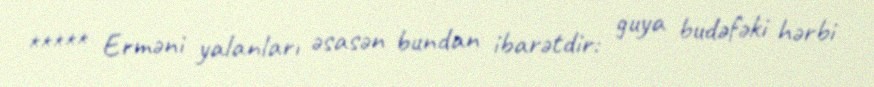
***** Erməni yalanları əsasən bundan ibarətdir: guya budəfəki hərbi